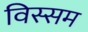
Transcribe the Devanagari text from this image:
विस्सम